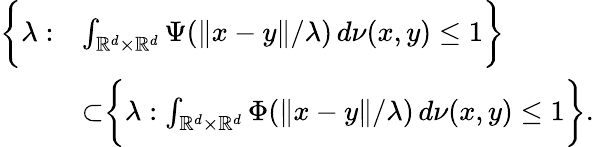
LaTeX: \begin{array}{rl}{\biggr\{ \lambda:}&{\int_{\mathbb{R}^{d}\times\mathbb{R}^{d}}\Psi(\| x-y\| /\lambda)\, d\nu(x,y)\leq 1\biggr\} }\\ &{\subset\biggr\{ \lambda:\int_{\mathbb{R}^{d}\times\mathbb{R}^{d}}\Phi(\| x-y\| /\lambda)\, d\nu(x,y)\leq 1\biggr\} .}\end{array}